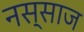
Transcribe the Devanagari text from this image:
नस्साज